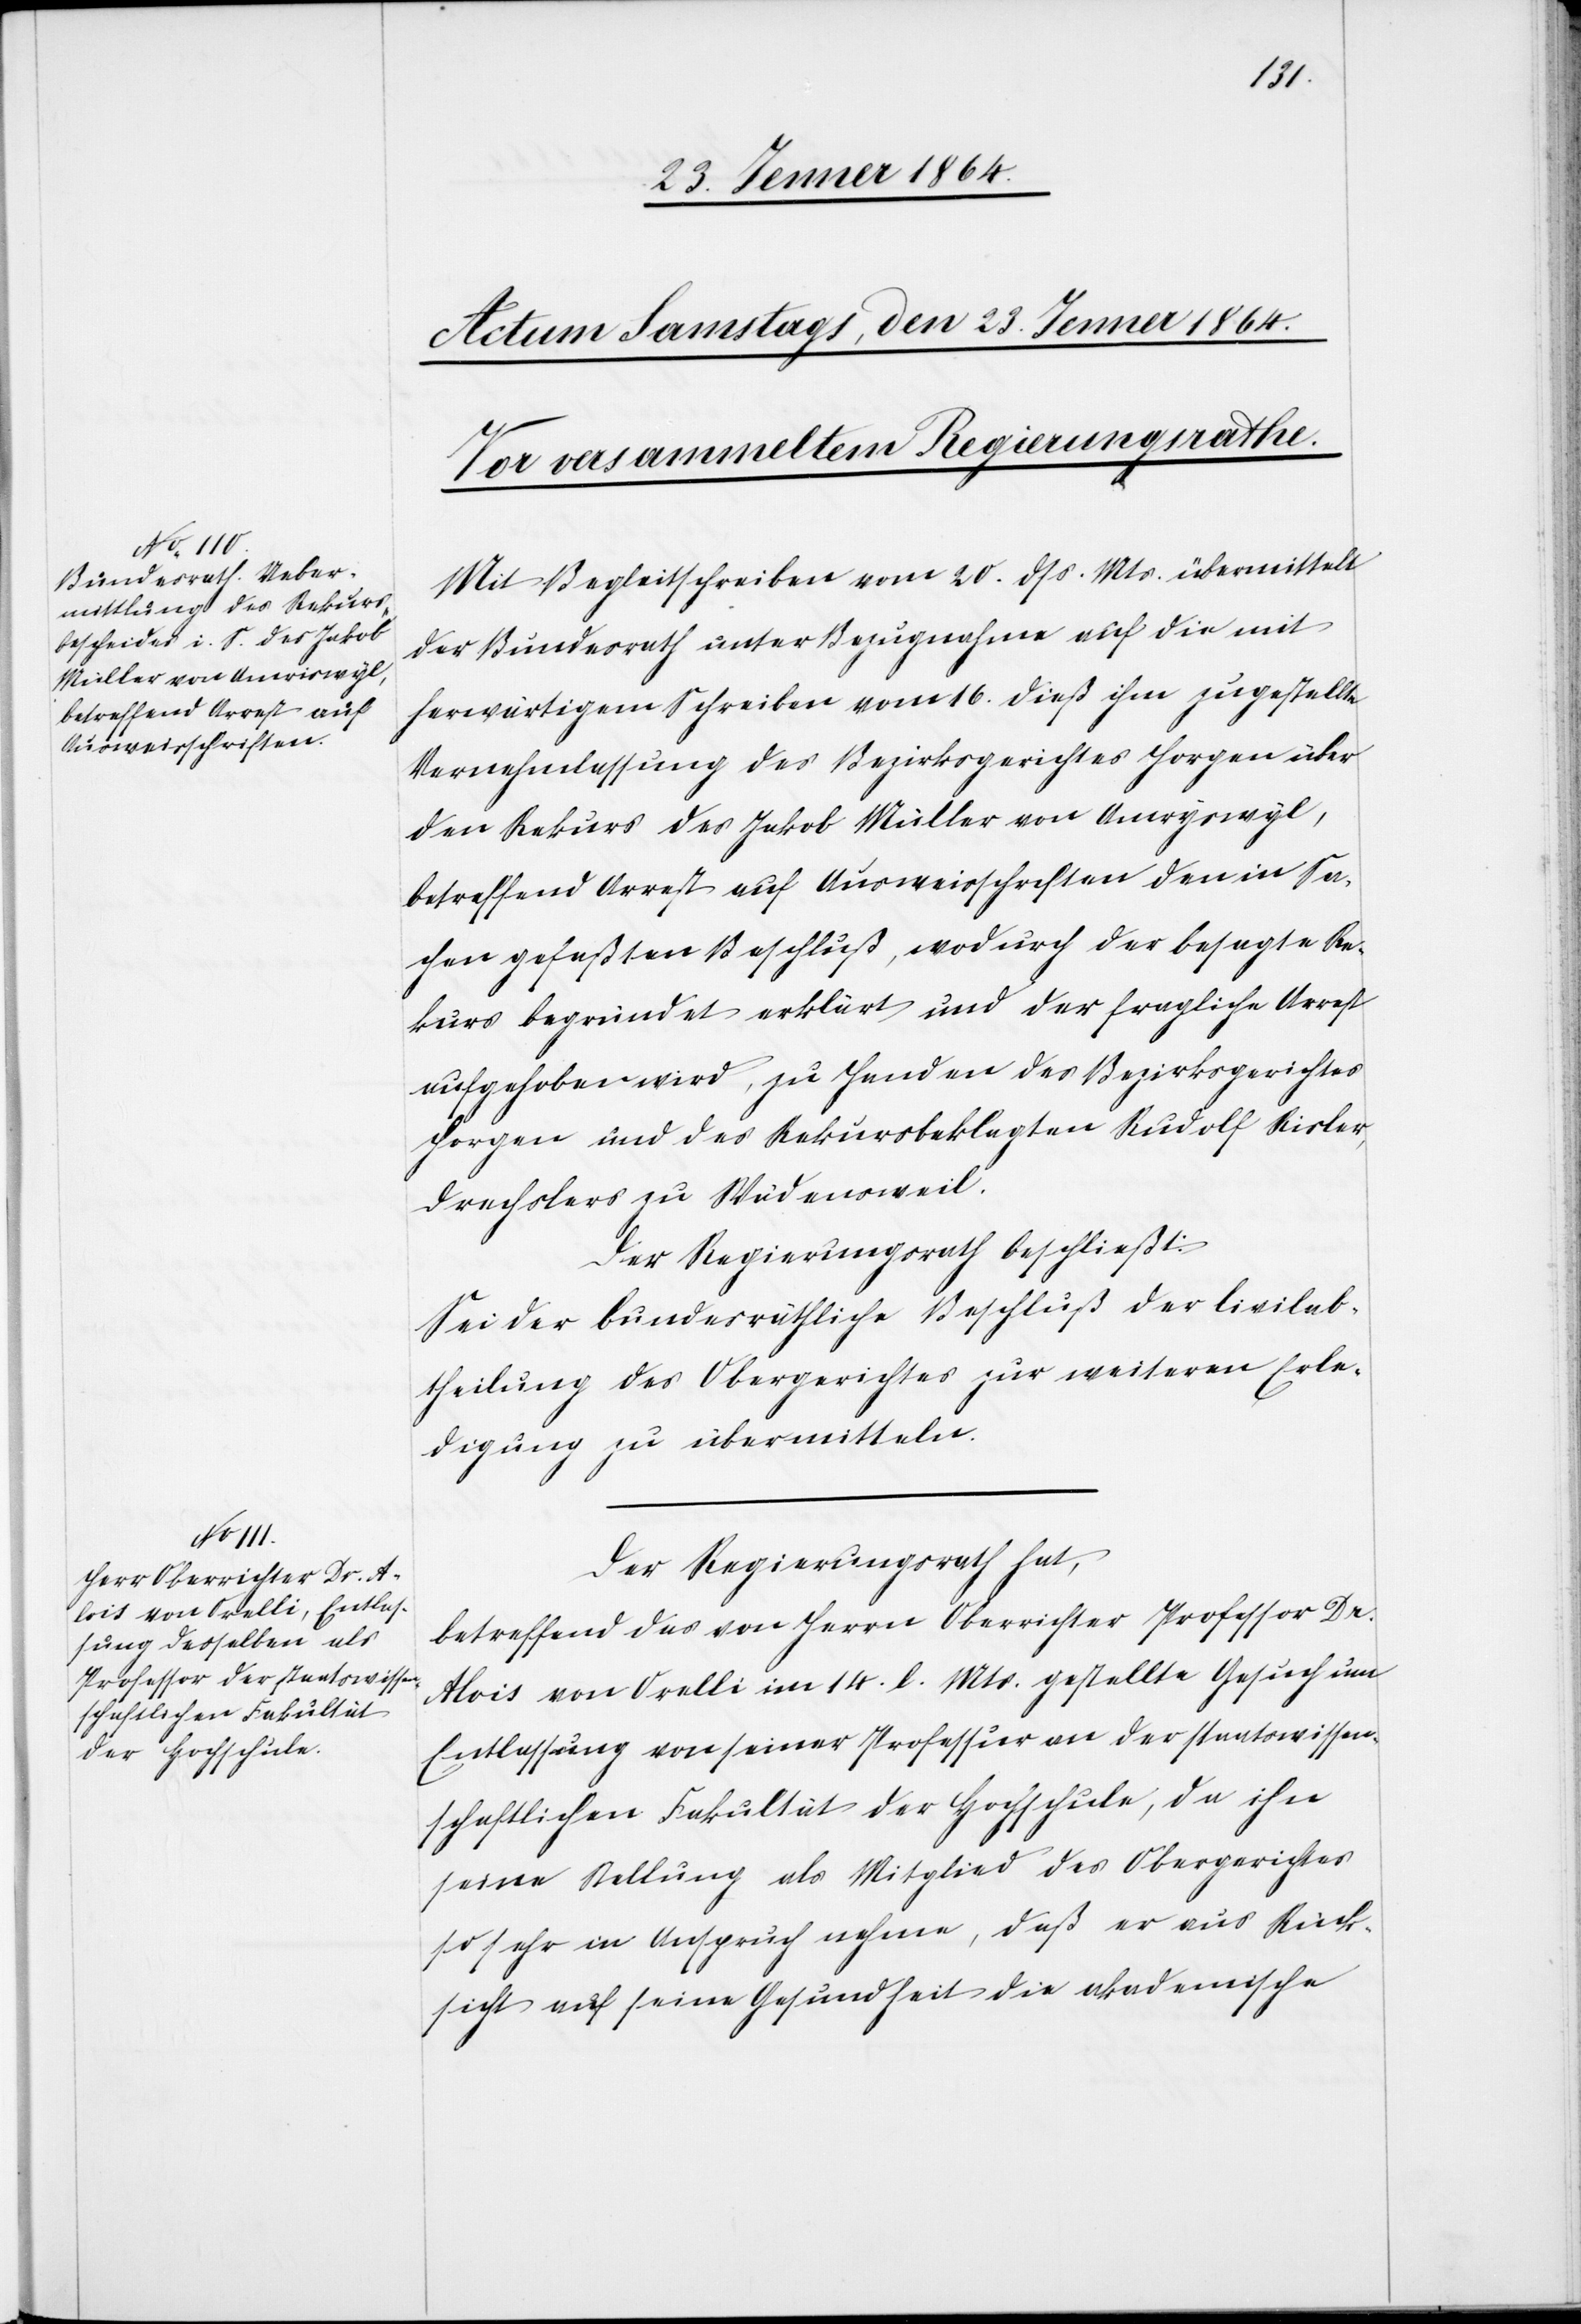
Mit Begleitschreiben vom 20. dss. Mts. übermittelt
der Bundesrath unter Bezugnahme auf die mit
herwärtigem Schreiben vom 16. dieß ihm zugestellte
Vernehmlassung des Bezirksgerichtes Horgen über
den Rekurs des Jakob Müller von Amryswyl,
betreffend Arrest auf Ausweisschriften den in Sa¬
chen gefaßten Beschluß, wodurch der besagte Re¬
kurs begründet erklärt und der fragliche Arrest
aufgehoben wird, zu Handen des Bezirksgerichtes
Horgen und des Rekursbeklagten Rudolf Risler,
Drechslers zu Wädensweil.
Der Regierungsrath beschließt:
Sei der bundesräthliche Beschluß der Civilab¬
theilung des Obergerichtes zur weiteren Erle¬
digung zu übermitteln.
Der Regierungsrath hat,
betreffend das von Herrn Oberrichter Professor Dr.
Alois von Orelli im 14. l. Mts. gestellte Gesuch um
Entlassung von seiner Professur an der staatswissen¬
schaftlichen Fakultät der Hochschule, da ihn
seine Stellung als Mitglied des Obergerichtes
so sehr in Anspruch nehme, daß er aus Rück¬
sicht auf seine Gesundheit die akademische